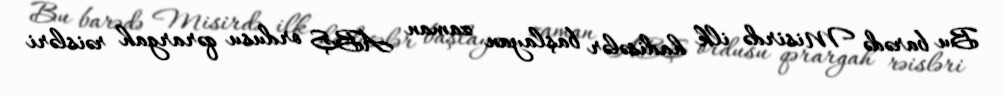
Bu barədə Misirdə ilk hadisələr başlayan zaman ABŞ ordusu qərargah rəisləri